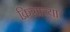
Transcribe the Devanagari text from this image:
क्रिसाच्या